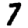
Digit: 7